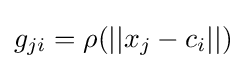
g_{ji}=\rho (||x_{j}-c_{i}||)